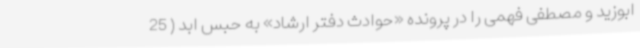
ابوزید و مصطفی فهمی را در پرونده «حوادث دفتر ارشاد» به حبس ابد ( 25